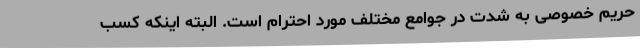
حریم خصوصی به شدت در جوامع مختلف مورد احترام است. البته اینکه کسب